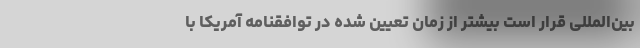
بین‌المللی قرار است بیشتر از زمان تعیین شده در توافقنامه آمریکا با